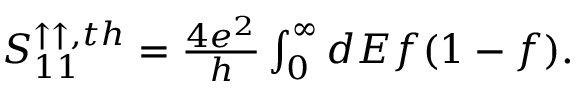
\begin{array} { r } { { S _ { 1 1 } ^ { \uparrow \uparrow , t h } } = { \frac { 4 e ^ { 2 } } { h } \int _ { 0 } ^ { \infty } d E f ( 1 - f ) . } } \end{array}